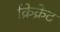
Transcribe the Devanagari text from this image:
क्रिक्रेट